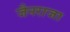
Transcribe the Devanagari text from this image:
जैनराजा